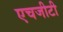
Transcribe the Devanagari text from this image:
एचजीटी